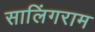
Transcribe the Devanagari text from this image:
सालिंगराम